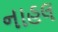
નાહલ